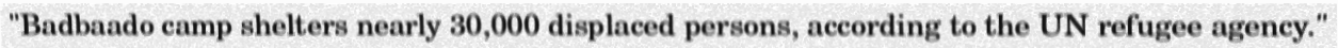
"Badbaado camp shelters nearly 30,000 displaced persons, according to the UN refugee agency."